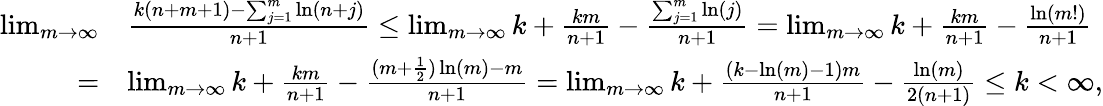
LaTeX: \begin{array}{rl}{\operatorname*{lim}_{m\to\infty}}&{\frac{k(n+m+1)-\sum_{j=1}^{m}\ln(n+j)}{n+1}\leq\operatorname*{lim}_{m\to\infty}k+\frac{km}{n+1}-\frac{\sum_{j=1}^{m}\ln(j)}{n+1}=\operatorname*{lim}_{m\to\infty}k+\frac{km}{n+1}-\frac{\ln(m!)}{n+1}}\\ {=}&{\operatorname*{lim}_{m\to\infty}k+\frac{km}{n+1}-\frac{(m+\frac{1}{2})\ln(m)-m}{n+1}=\operatorname*{lim}_{m\to\infty}k+\frac{(k-\ln(m)-1)m}{n+1}-\frac{\ln(m)}{2(n+1)}\leq k<\infty,}\end{array}